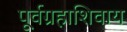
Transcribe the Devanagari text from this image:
पूर्वग्रहाशिवाय